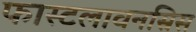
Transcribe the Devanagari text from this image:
फास्टलावनस्रिस